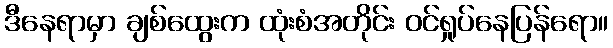
ဒီနေရာမှာ ချစ်ထွေးက ထုံးစံအတိုင်း ဝင်ရှုပ်နေပြန်ရော။